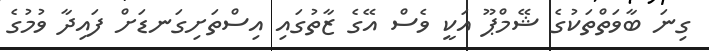
ގިނަ ބާވަތްތަކުގެ ޝޭމްޕޫ އަކީ ވެސް އޭގެ ޒާތުގައި އިސްތަށިގަނޑަށް ފައިދާ ވުމުގެ